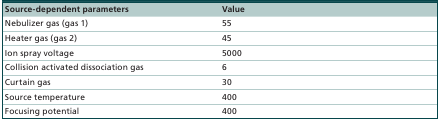
<table><thead><tr><td><b>Source-dependent parameters</b></td><td><b>Value</b></td></tr></thead><tbody><tr><td>Nebulizer gas (gas 1)</td><td>55</td></tr><tr><td>Heater gas (gas 2)</td><td>45</td></tr><tr><td>Ion spray voltage</td><td>5000</td></tr><tr><td>Collision activated dissociation gas</td><td>6</td></tr><tr><td>Curtain gas</td><td>30</td></tr><tr><td>Source temperature</td><td>400</td></tr><tr><td>Focusing potential</td><td>400</td></tr></tbody></table>